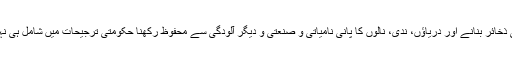
آبی ذخائر بنانے اور دریاؤں، ندی، نالوں کا پانی نامیاتی و صنعتی و دیگر آلودگی سے محفوظ رکھنا حکومتی ترجیحات میں شامل ہی نہیں۔